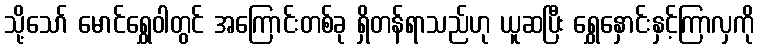
သို့သော် မောင်ရွှေဝါတွင် အကြောင်းတစ်ခု ရှိတန်ရာသည်ဟု ယူဆပြီး ရွှေနှောင်းနှင့်ကြာလှကို